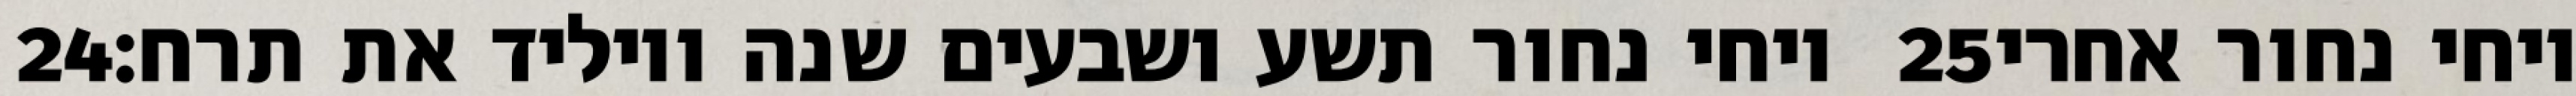
‎24‏ ויחי נחור תשע ושבעים שנה ויוליד את תרח׃ ‎25‏ ויחי נחור אחרי